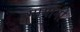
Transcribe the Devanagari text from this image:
मायांनी